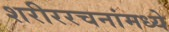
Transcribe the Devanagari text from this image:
शरीररचनांमध्ये